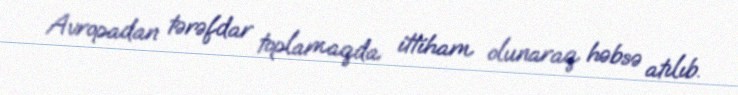
Avropadan tərəfdar toplamaqda ittiham olunaraq həbsə atılıb.